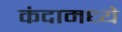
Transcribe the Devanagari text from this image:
कंदामध्ये